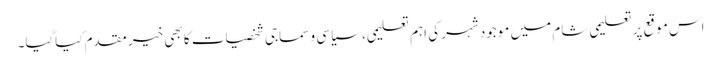
اس موقع پر تعلیمی شام میں موجود شہر کی اہم تعلیمی، سیاسی و سماجی شخصیات کا بھی خیر مقدم کیاگیا۔